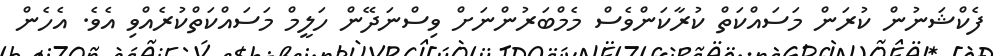
ފެކްޝަނުން ކުރަން މަސައްކަތް ކުރާކަންވެސް މެމްބަރުންނަށް ވިސްނަދޭން ހަލީމް މަސައްކަތްކުރެއްވި އެވެ. އެހެން